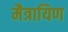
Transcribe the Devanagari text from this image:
मैत्रायिण